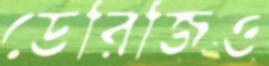
ডেরিজিও